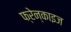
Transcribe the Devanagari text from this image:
फ्रेन्‍काइज